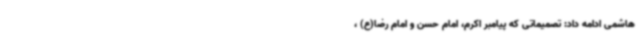
هاشمی ادامه داد: تصمیماتی که پیامبر اکرم، امام حسن و امام رضا(ع) ،